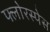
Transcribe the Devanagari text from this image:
फ्लोरस्पेस